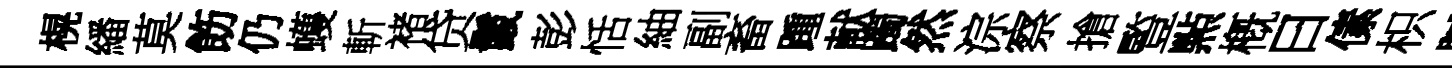
榥繙莫飭仍蠖斬褚贷鬛彭恬紬副畜踵献躅然淙察搶䜿㸃槪曰傃枳贓